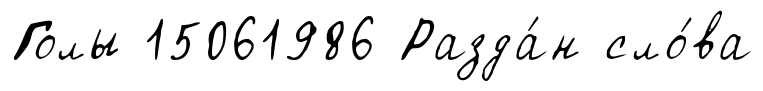
Голы 15061986 Разда́н сло́ва